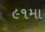
૯૧મા